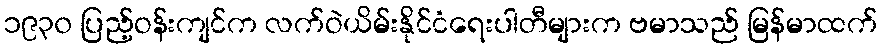
၁၉၃၀ ပြည့်ဝန်းကျင်က လက်ဝဲယိမ်းနိုင်ငံရေးပါတီများက ဗမာသည် မြန်မာထက်